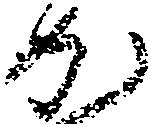
か